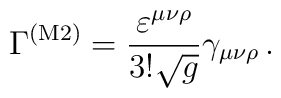
\Gamma^{({\rm M2})} = \frac{\varepsilon^{\mu\nu\rho}}{3!\sqrt g} \gamma_{\mu\nu\rho}\,.